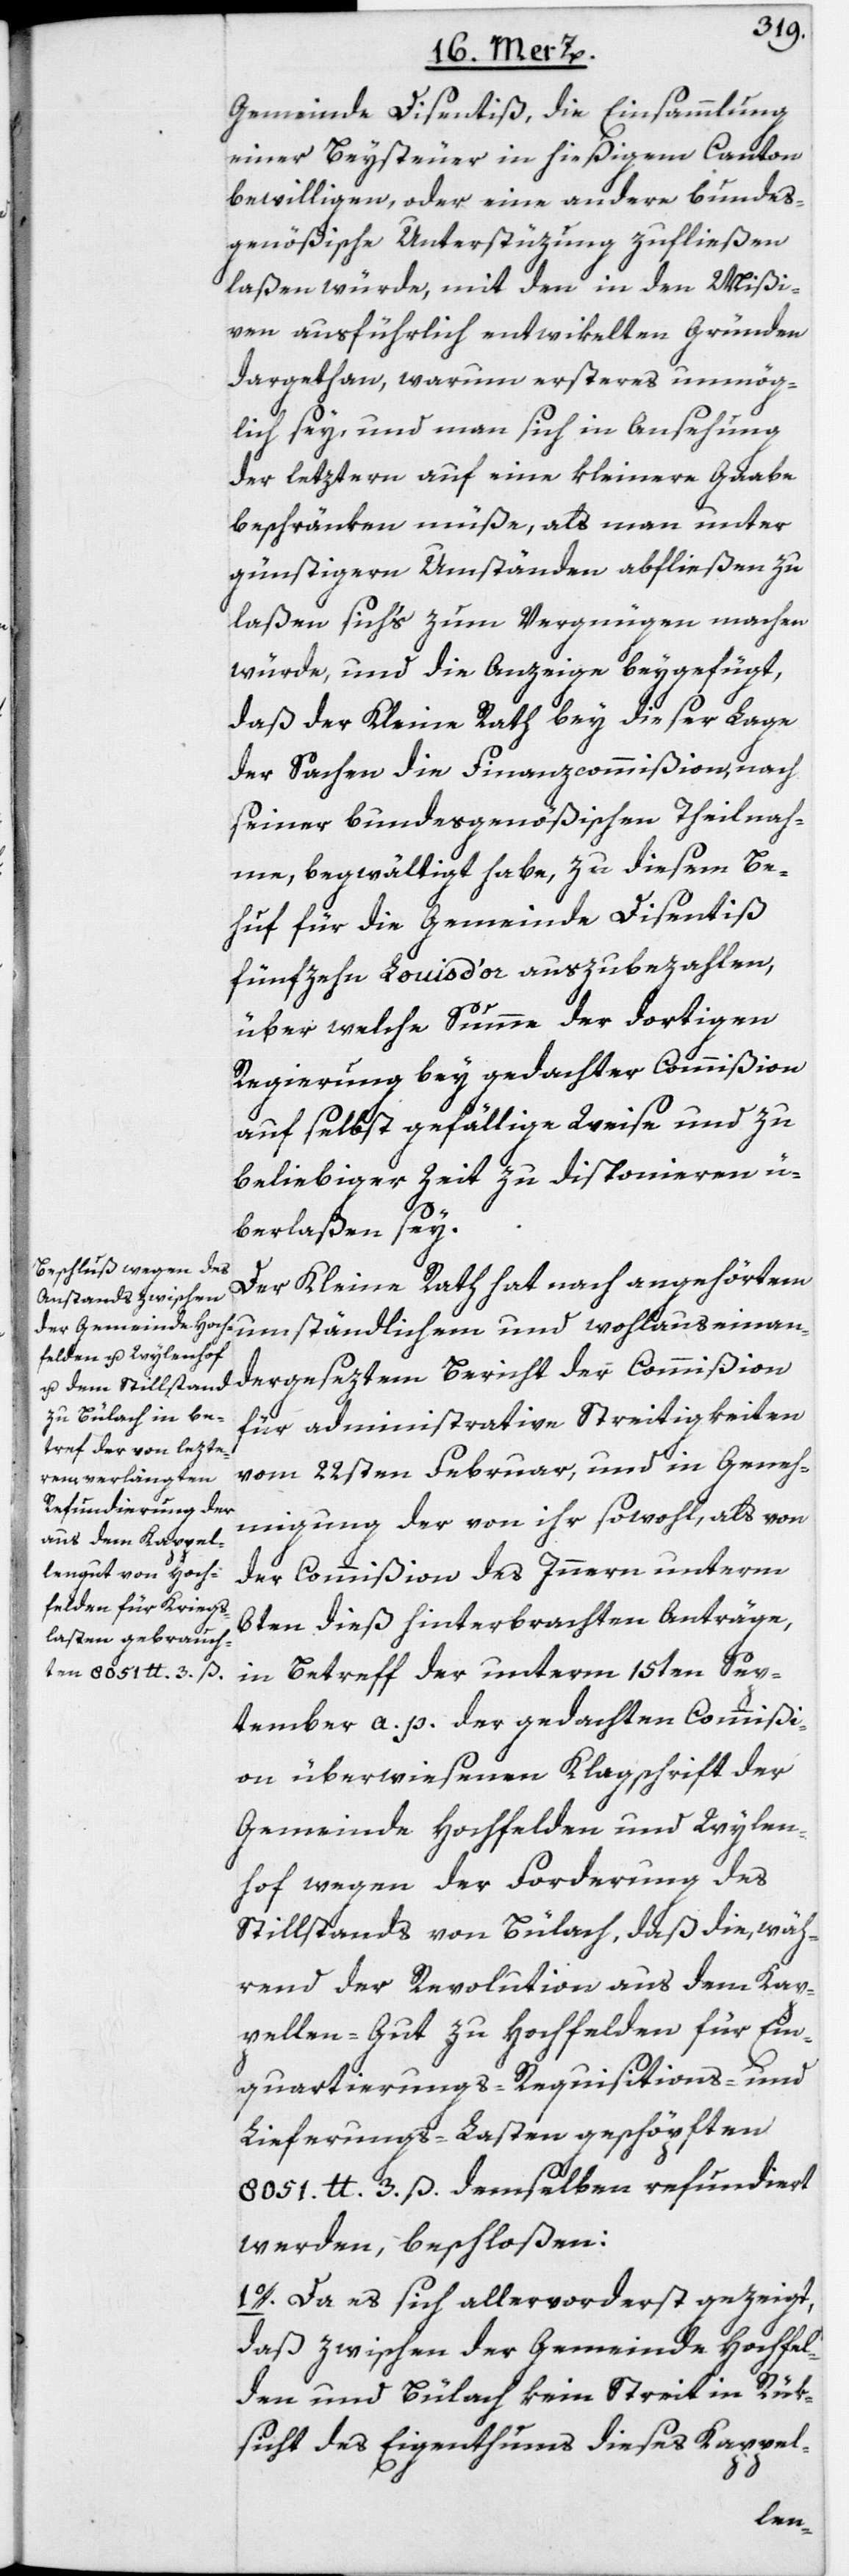
Gemeinde Disentiß, die Einsammlung
einer Beysteuer in hießigem Canton
bewilligen, oder eine andere bundes¬
genößische Unterstüzung zufließen
laßen würde, mit den in den Mißi¬
ven ausführlich entwikelten Gründen
dargethan, warum ersteres unmög¬
lich sey, und man sich in Ansehung
der letztern auf eine kleinere Gaabe
beschränken müße, als man unter
günstigern Umständen abfließen zu
laßen sich’s zum Vergnügen machen
würde, und die Anzeige beygefügt,
daß der Kleine Rath bey dieser Lage
der Sachen die Finanzcommißion, nach
seiner bundesgenößischen Theilnah¬
me, begwältigt habe, zu diesem Be¬
huf für die Gemeinde Disentiß
fünfzehn Louis d’or auszubezahlen,
über welche Summe der dortigen
Regierung bey gedachter Commißion
auf selbst gefällige Weise und zu
beliebiger Zeit zu disponieren ü¬
berlaßen sey.
Der Kleine Rath hat nach angehörtem
umständlichem und wohlauseinan¬
dergeseztem Bericht der Commißion
für administrative Streitigkeiten
vom 22sten Februar, und in Geneh¬
migung der von ihr sowohl, als von
der Commißion des Innern unterm
6ten dieß hinterbrachten Anträge,
in Betreff der unterm 15ten Sep¬
tember a. p. der gedachten Commißi¬
on überwiesenen Klagschrift der
Gemeinde Hochfelden und Wylen¬
hof wegen der Forderung des
Stillstands von Bülach, daß die, wäh¬
rend der Revolution aus dem Kap¬
pellen-Gut zu Hochfelden für Ein¬
quartierungs-[,] Requisitions- und
Lieferungs-Lasten geschöpften
8051. lb. 3. ß. demselben refundiert
werden, beschloßen:
1o. Da es sich allervorderst gezeigt,
daß zwischen der Gemeinde Hochfel¬
den und Bülach kein Streit in Rük¬
sicht des Eigenthums dieses Kappel-